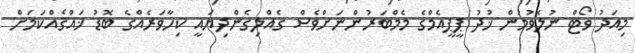
މިއަދު ވޯޓް ނުލެވުމުން ޚުދު ޕީޕީއެމްގެ މެމްބަރުންނަށްވެސް ގެއްލިގެންދިޔައީ ކިހާވަރެއްގެ ބޮޑު ޚައްޤެއްކަމަށް